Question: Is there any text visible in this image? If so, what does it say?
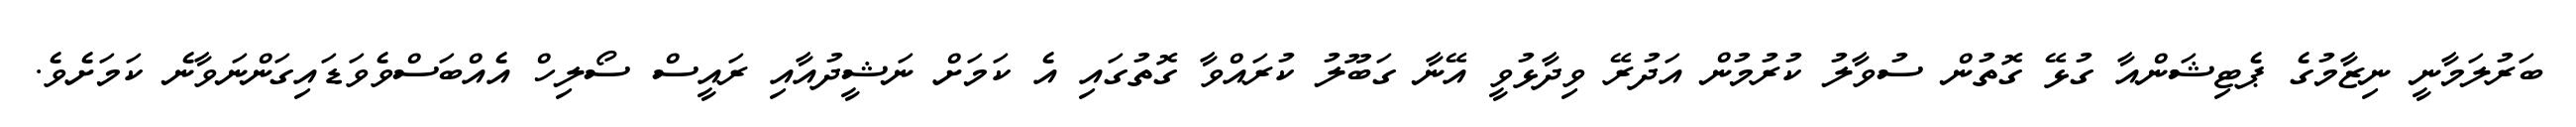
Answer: ބަރުލަމާނީ ނިޒާމުގެ ޕެޓިޝަންއާ ގުޅޭ ގޮތުން ސުވާލު ކުރުމުން އަދުރޭ ވިދާޅުވީ އޭނާ ގަބޫލު ކުރައްވާ ގޮތުގައި އެ ކަމަށް ނަޝީދުއާއި ރައީސް ސޯލިހް އެއްބަސްވެވަޑައިގަންނަވާނެ ކަމަށެވެ.